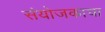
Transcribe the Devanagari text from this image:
संयोजकाचा